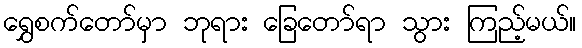
ရွှေစက်တော်မှာ ဘုရား ခြေတော်ရာ သွား ကြည့်မယ်။